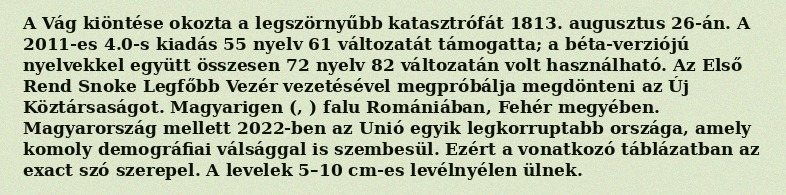
A Vág kiöntése okozta a legszörnyűbb katasztrófát 1813. augusztus 26-án. A 2011-es 4.0-s kiadás 55 nyelv 61 változatát támogatta; a béta-verziójú nyelvekkel együtt összesen 72 nyelv 82 változatán volt használható. Az Első Rend Snoke Legfőbb Vezér vezetésével megpróbálja megdönteni az Új Köztársaságot. Magyarigen (, ) falu Romániában, Fehér megyében. Magyarország mellett 2022-ben az Unió egyik legkorruptabb országa, amely komoly demográfiai válsággal is szembesül. Ezért a vonatkozó táblázatban az exact szó szerepel. A levelek 5–10 cm-es levélnyélen ülnek.